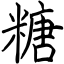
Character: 糖